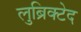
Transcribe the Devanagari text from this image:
लुब्रिक्टेद